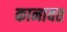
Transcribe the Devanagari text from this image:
कानावत